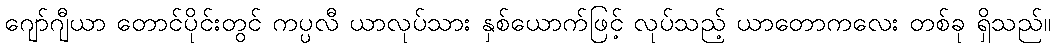
ဂျော်ဂျီယာ တောင်ပိုင်းတွင် ကပ္ပလီ ယာလုပ်သား နှစ်ယောက်ဖြင့် လုပ်သည့် ယာတောကလေး တစ်ခု ရှိသည်။